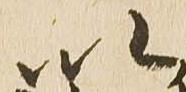
以